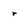
Character: r